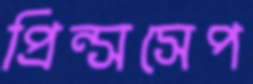
প্রিন্সসেপ